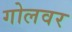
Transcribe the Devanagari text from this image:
गोलवर